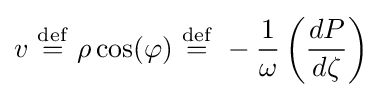
v\ {\stackrel {\mathrm {def} }{=}}\ \rho \cos(\varphi )\ {\stackrel {\mathrm {def} }{=}}\ -{\frac {1}{\omega }}\left({\frac {dP}{d\zeta }}\right)